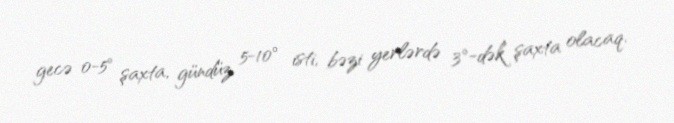
gecə 0-5° şaxta, gündüz 5-10° isti, bəzi yerlərdə 3°-dək şaxta olacaq.